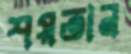
শয়তান